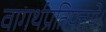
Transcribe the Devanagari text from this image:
वागर्थप्रतिपत्तये।